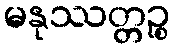
မနုဿတ္တဉ္စ